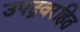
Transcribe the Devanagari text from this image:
उपद्रवरहित